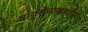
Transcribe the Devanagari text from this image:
वायुसेनातळास